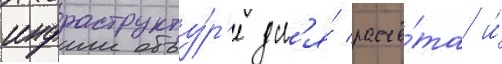
инфраструкту́р'е дл'я́ расчё́та и́